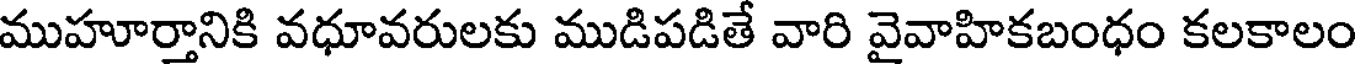
ముహూర్తానికి వధూవరులకు ముడిపడితే వారి వైవాహికబంధం కలకాలం